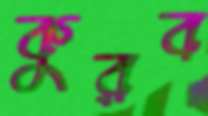
কুরব